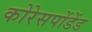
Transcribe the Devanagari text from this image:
कोरेसपोंडेंड